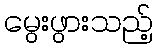
မွေးဖွားသည့်